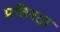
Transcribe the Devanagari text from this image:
प्रतिश्ठा